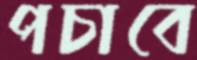
পচাবে